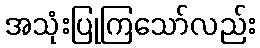
အသုံးပြုကြသော်လည်း